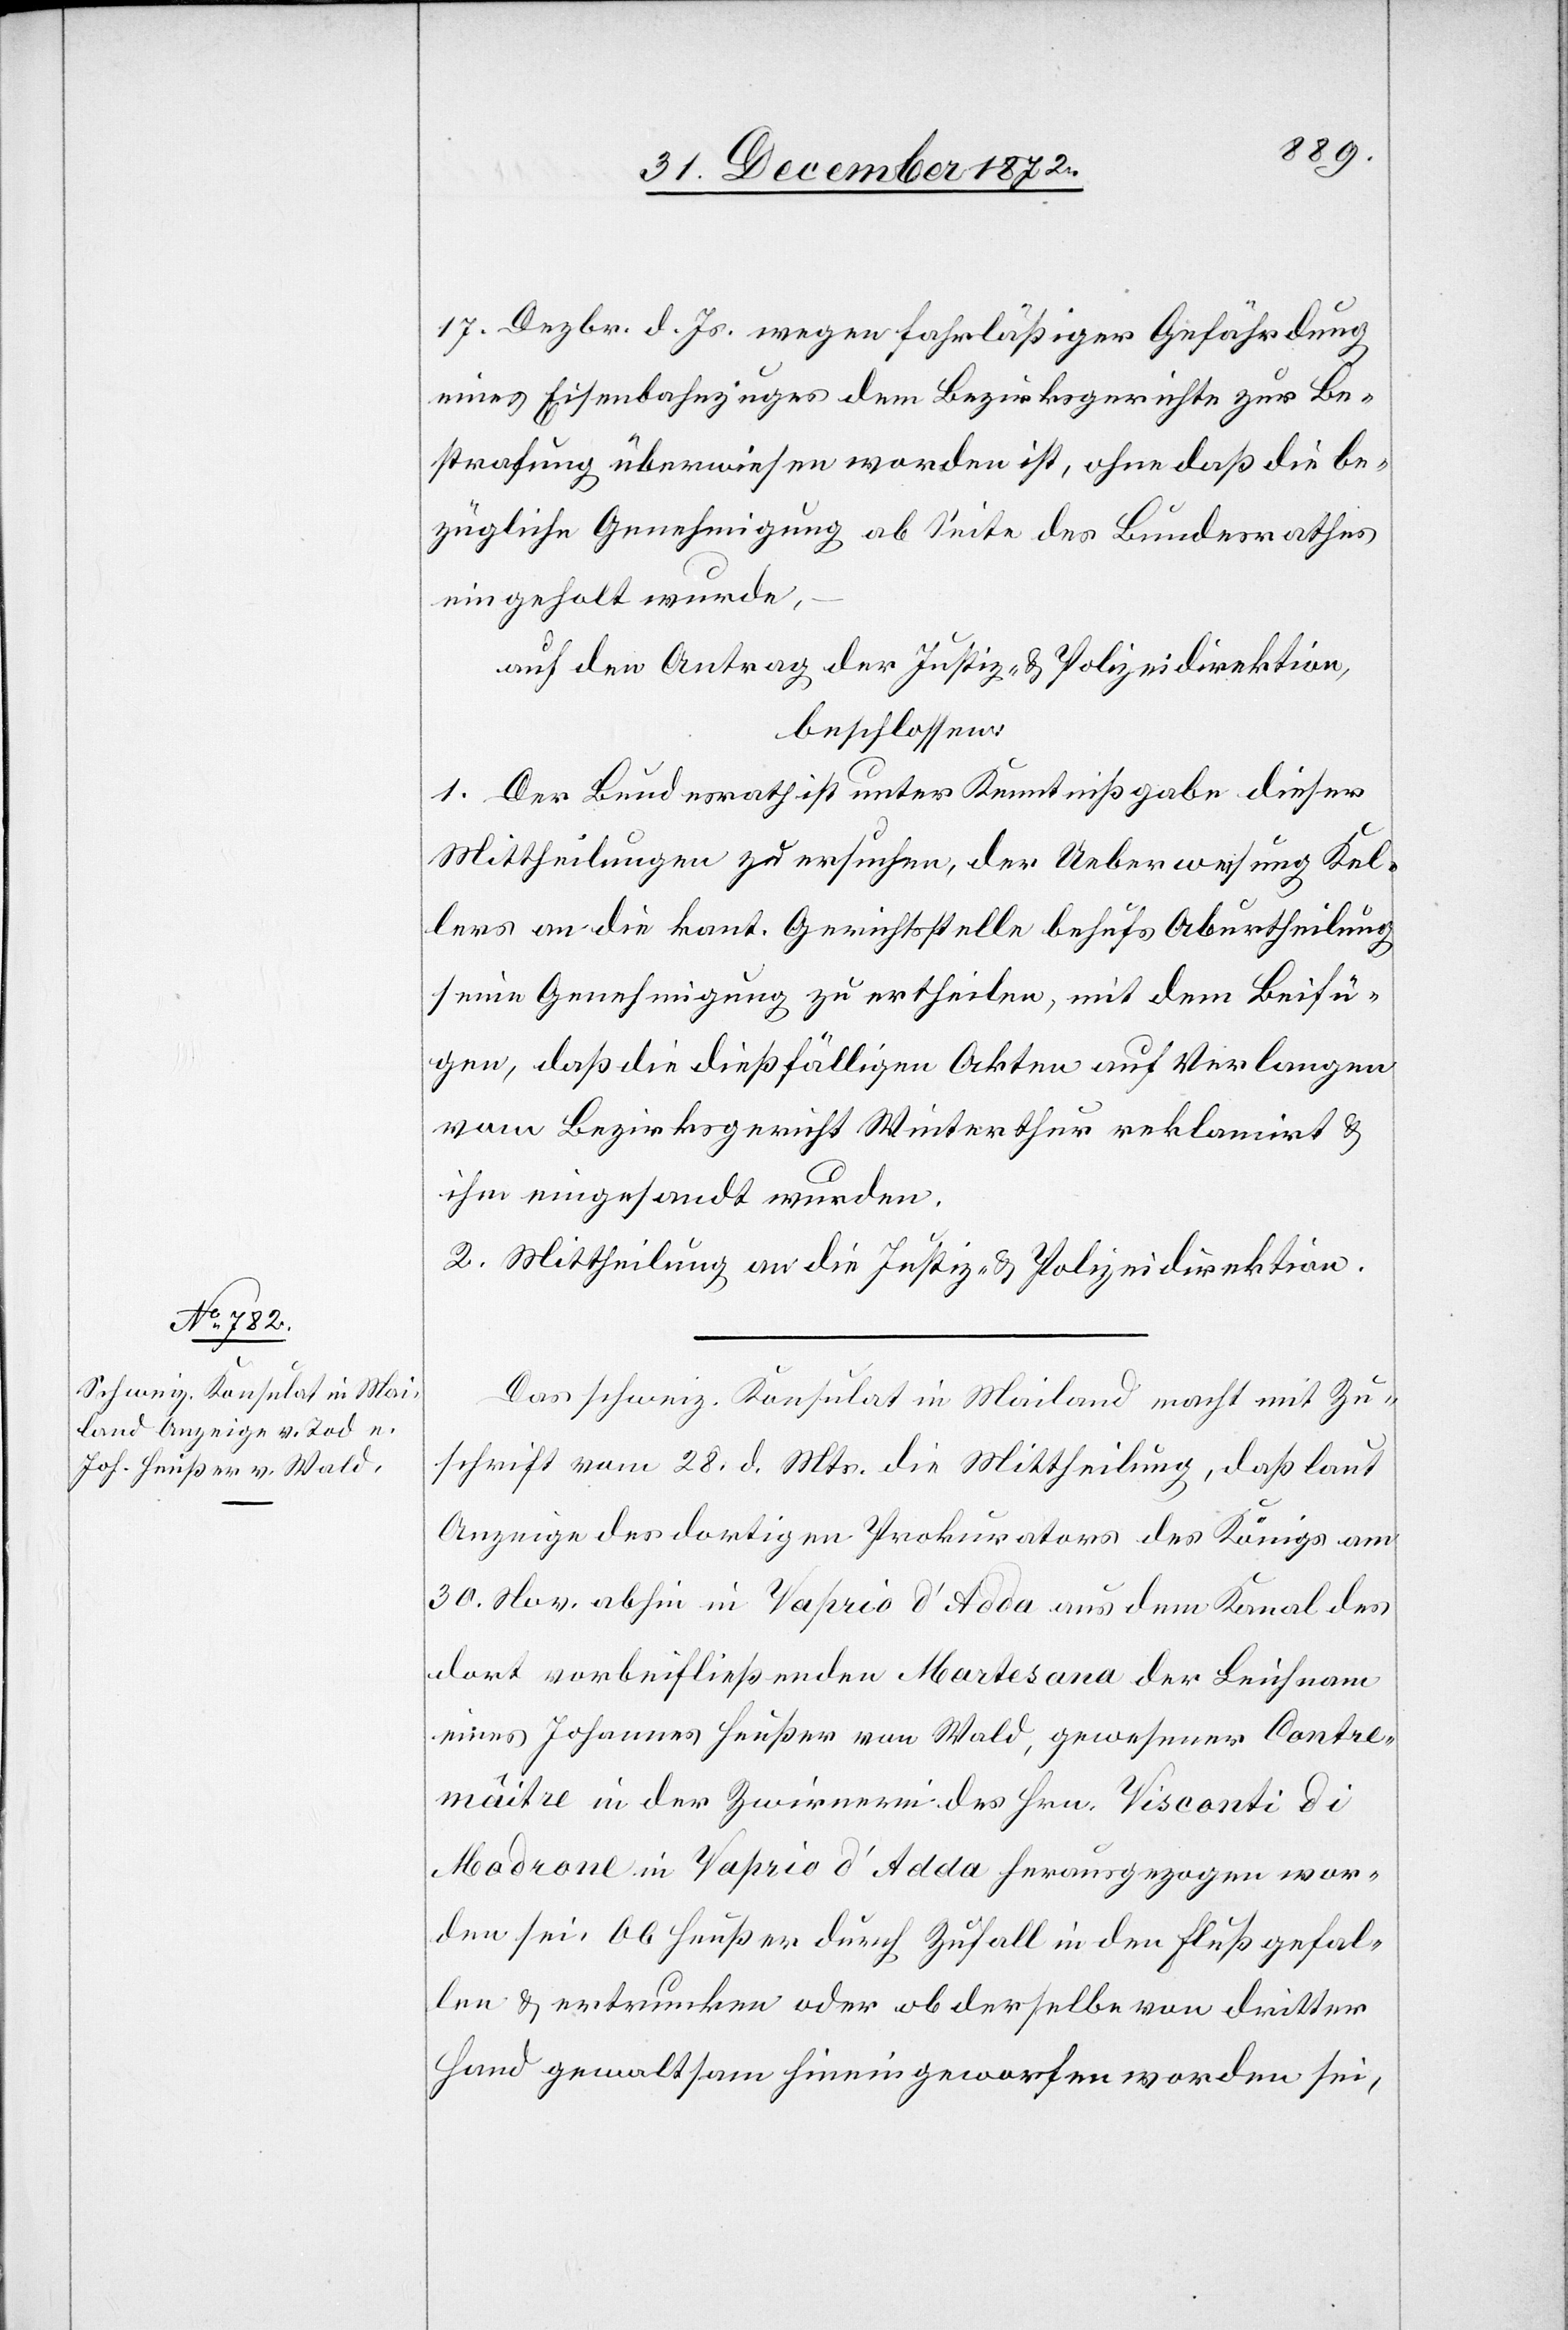
31. December 1872.]
17. Dezbr. d. Js. wegen fahrläßiger Gefährdung
eines Eisenbahnzuges dem Bezirksgerichte zur Be¬
strafung überwiesen worden ist, ohne daß die be¬
zügliche Genehmigung ab Seite des Bundesrathes
eingeholt wurde,
auf den Antrag der Justiz- u. Polizeidirektion,
beschlossen:
1. Der Bundesrath ist unter Kenntnißgabe dieser
Mittheilungen zu ersuchen, der Ueberweisung Kel¬
lers an die kant. Gerichtsstelle behufs Aburtheilung
seine Genehmigung zu ertheilen, mit dem Beifü¬
gen, daß die dießfälligen Akten auf Verlangen
vom Bezirksgericht Winterthur reklamirt u.
ihm eingesandt wurden.
2. Mittheilung an die Justiz- u. Polizeidirektion.
Das schweiz. Konsulat in Mailand macht mit Zu¬
schrift vom 28. d. Mts. die Mittheilung, daß laut
Anzeige des dortigen Prokurators des Königs am
30. Nov. abhin in Vaprio d’Adda aus dem Kanal des
dort vorbeifließenden Martesana der Leichnam
eines Johannes Heußer von Wald, gewesener Contre¬
mâitre in der Zwirnerei des Hrn. Viconti di
Madrone in Vaprio d’Adda herausgezogen wor¬
den sei. Ob Heußer durch Zufall in den Fluß gefal¬
len u. ertrunken oder ob derselbe von dritter
Hand gewaltsam hineingeworfen worden sei,